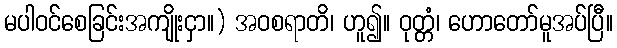
မပါဝင်စေခြင်းအကျိုးငှာ။) အဝစရာတိ၊ ဟူ၍။ ဝုတ္တံ၊ ဟောတော်မူအပ်ပြီ။